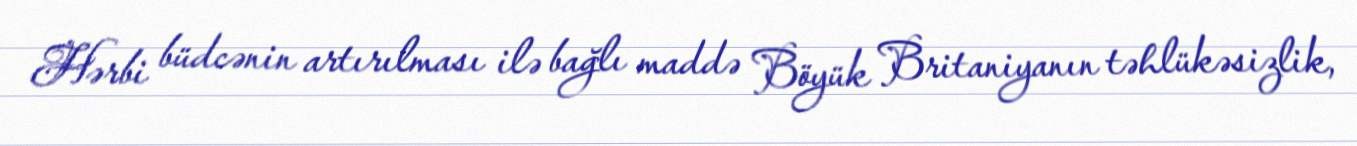
Hərbi büdcənin artırılması ilə bağlı maddə Böyük Britaniyanın təhlükəsizlik,